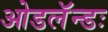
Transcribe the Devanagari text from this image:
ओडलॅन्डः